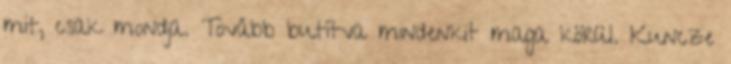
mit, csak mondja. Tovább butítva mindenkit maga körül. Kuncze